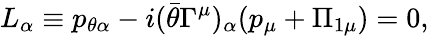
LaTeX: L_{\alpha}\equiv p_{\theta\alpha}-i(\bar{\theta}\Gamma^{\mu})_{\alpha}(p_{\mu}+\Pi_{1\mu})=0,